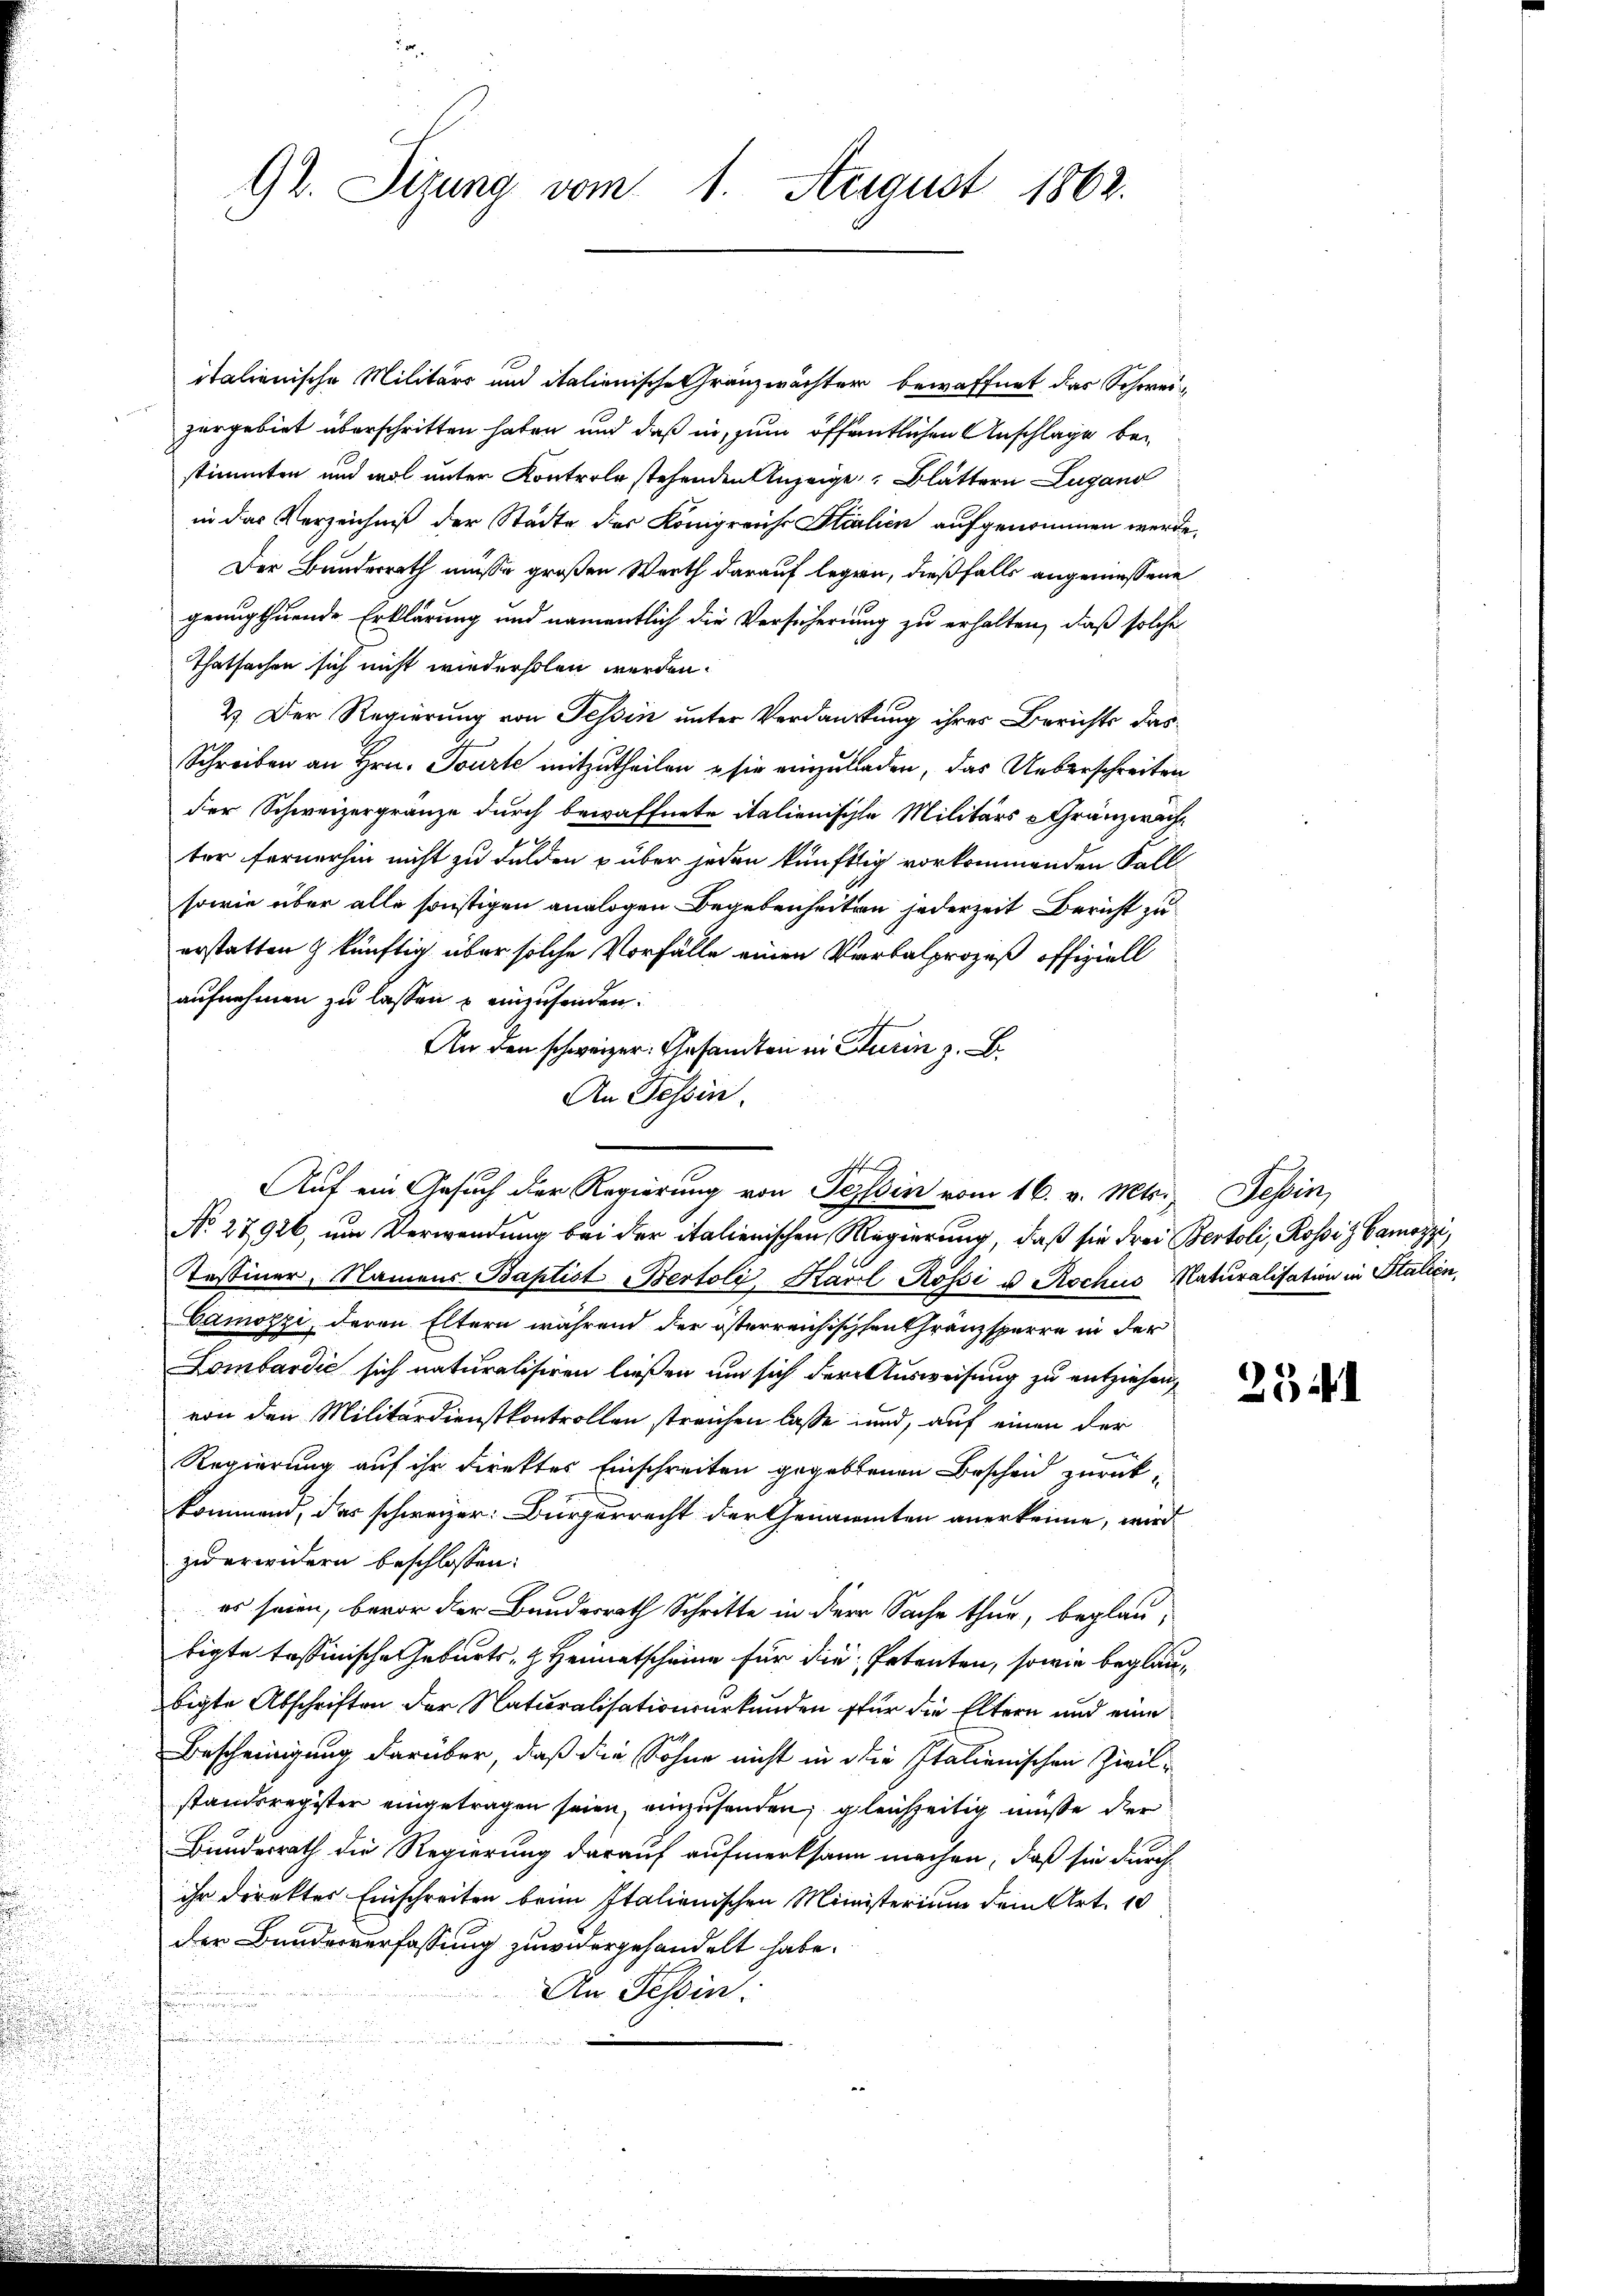
92. Sizung vom 1. August 1862.

italienische Militärs und italienische Gränzwächter bewaffnet das Schweizergebiet überschritten haben und daß in zum öffentlichen Anschlage bestimmten und wol unter Kontrole stehenden Anzeige Blättern Lugano
in das Verzeichniß der Städte des Königreiche Stialien aufgenommen werd
Der Bunderrath müsse großen Werth darauf legen, dießfalls angemessene
genugthuende Erklärung und namentlich die Versicherung zu erhalten, daß solche
Thatsachen sich nicht wiederholen werden.
2). Der Regierung von Tessin unter Verdankung ihres Berichts das
Schreiben an Hrn. Tourte mitzutheilen u sie einzuladen, das Ueberschreiten
der Schweizergränze durch bewaffnete italienische Militärs Gränzwac
G
ter fernerhin nicht zu Felden über jeden künftig vorkommenden Fall
sowie über alle sonstigen analogen Begebenheiten jederzeit Bericht zu
erstatten & künftig über solche Vorfälle einen Verbalprozeß offiziell
aufnehmen zu lassen u einzusenden.
An den schweizer. Gesandten in Turin z. B.
An Tessin.
No. 27926, um Verwendung bei der italienischen Regierung, daß sie drei Bertoli, Rossiz Gamozzi,
Testiner, Namens Baptist Bertoli Karl Rossi u. Rochus Naturalisation in Stalien,
Camozzi, deren Eltern während der österreichischen Gränzsperre in der
Lombardić sich naturalisiren ließen um sich der Ausweisung zu entziehen,
von den Militärdienstkontrollen streichen lasse und, auf einen der
Regierung auf ihr Direktes Einschreiten gegebenen Bescheid zurückkommend, das schweizer: Bürgerrecht der Genannten anerkenne, wird
zu erwidern beschlossen:
es seien, bevor der Bundesrath Schritte in die Sache thur, beglautigte tessinische Geburts- & Heimatscheine für die Petenten, sowie beglaubigte Abschriften der Naturalisationsurkunden für die Eltern und eine
Bescheinigung darüber, daß die Sohne nicht in die Italienischen Zivilstandsregister eingetragen seien, einzusenden, gleichzeitig müsse der
Bundesrath die Regierung darauf aufmerksam machen, daß sie durch
ihr direktes Einschreiten beim Italienischen Ministerium dem Art. 10
der Bundesverfassung zuwidergehandelt habe.
An Tessin.

.

Auf ein Gesuch der Regierung von Tessin vom 16. v. Mts. Tessin,

254